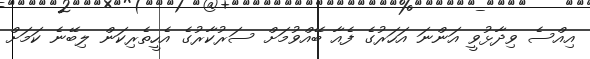
އިއްސެ ވިދާޅުވީ އަންނަ އަހަރުގެ ފެއާ ބޭއްވުމަށް ސަރުކާރުގެ އެހީތެރިކަން ލިބޭނެ ކަމަށް